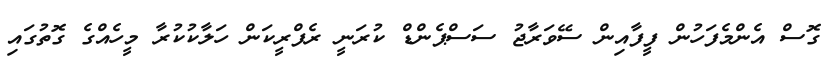
ގޮސް އެންމެފަހުން ފީފާއިން ސޭވަރާޖު ސަސްޕެންޑް ކުރަނީ ރެފްރީކަން ހަލާކުކުރާ މީހެއްގެ ގޮތުގައި